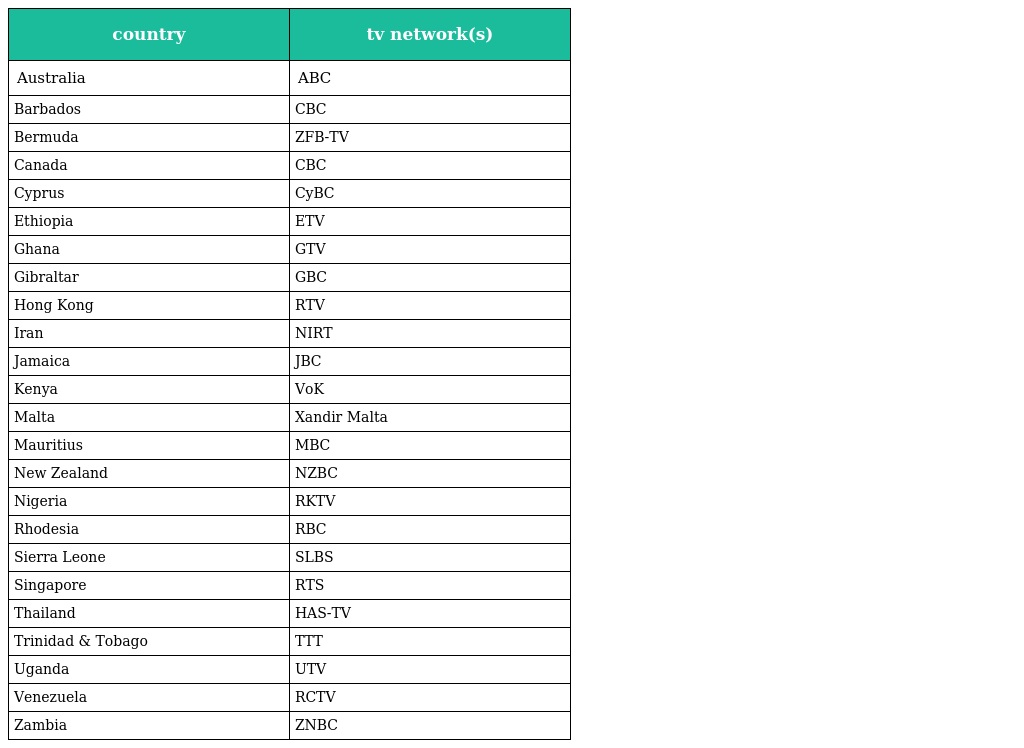
| country | tv network(s) |
 | --- | --- |
 | Australia | ABC |
 | Barbados | CBC |
 | Bermuda | ZFB-TV |
 | Canada | CBC |
 | Cyprus | CyBC |
 | Ethiopia | ETV |
 | Ghana | GTV |
 | Gibraltar | GBC |
 | Hong Kong | RTV |
 | Iran | NIRT |
 | Jamaica | JBC |
 | Kenya | VoK |
 | Malta | Xandir Malta |
 | Mauritius | MBC |
 | New Zealand | NZBC |
 | Nigeria | RKTV |
 | Rhodesia | RBC |
 | Sierra Leone | SLBS |
 | Singapore | RTS |
 | Thailand | HAS-TV |
 | Trinidad & Tobago | TTT |
 | Uganda | UTV |
 | Venezuela | RCTV |
 | Zambia | ZNBC |